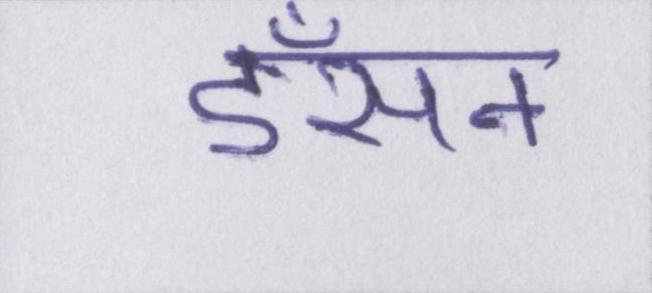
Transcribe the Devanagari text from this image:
डँसने